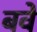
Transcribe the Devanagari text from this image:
बवे